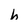
Character: h